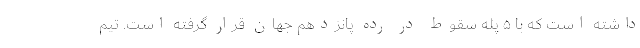
داشته است که با ۵ پله سقوط در رده پانزدهم جهان قرار گرفته است. تیم